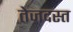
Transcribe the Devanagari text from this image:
तेज़दस्त